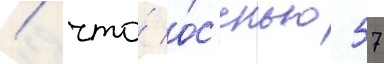
/ что́ о́с'енью 57